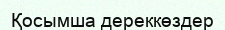
Қосымша дереккөздер